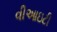
વીઆઇટી